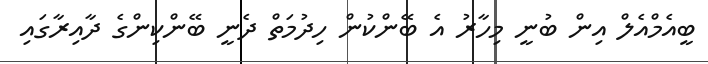
ބީއެމްއެލް އިން ބުނީ މިހާރު އެ ބޭންކުން ހިދުމަތް ދެނީ ބޭންކިންގެ ދާއިރާގައި